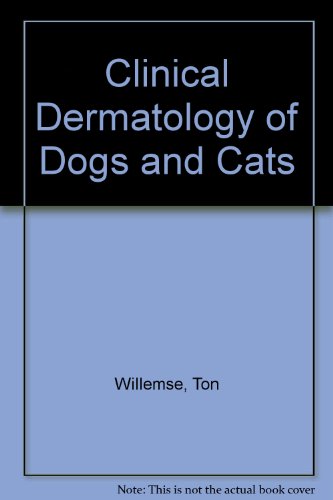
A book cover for Clinical Dermatology of Dogs and Cats: A Guide to Diagnosis and Therapy; Ton Willemse; Medical Books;